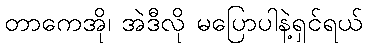
တာကေအို၊ အဲဒီလို မပြောပါနဲ့ရှင်ရယ်